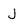
Character: J